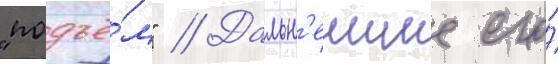
"подъё́м" // Дальн'еишие его́